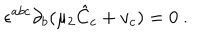
\epsilon ^ { a b c } \partial _ { b } ( \mu _ { 2 } { \hat { C } } _ { c } + v _ { c } ) = 0 \ .